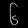
Digit: ၆